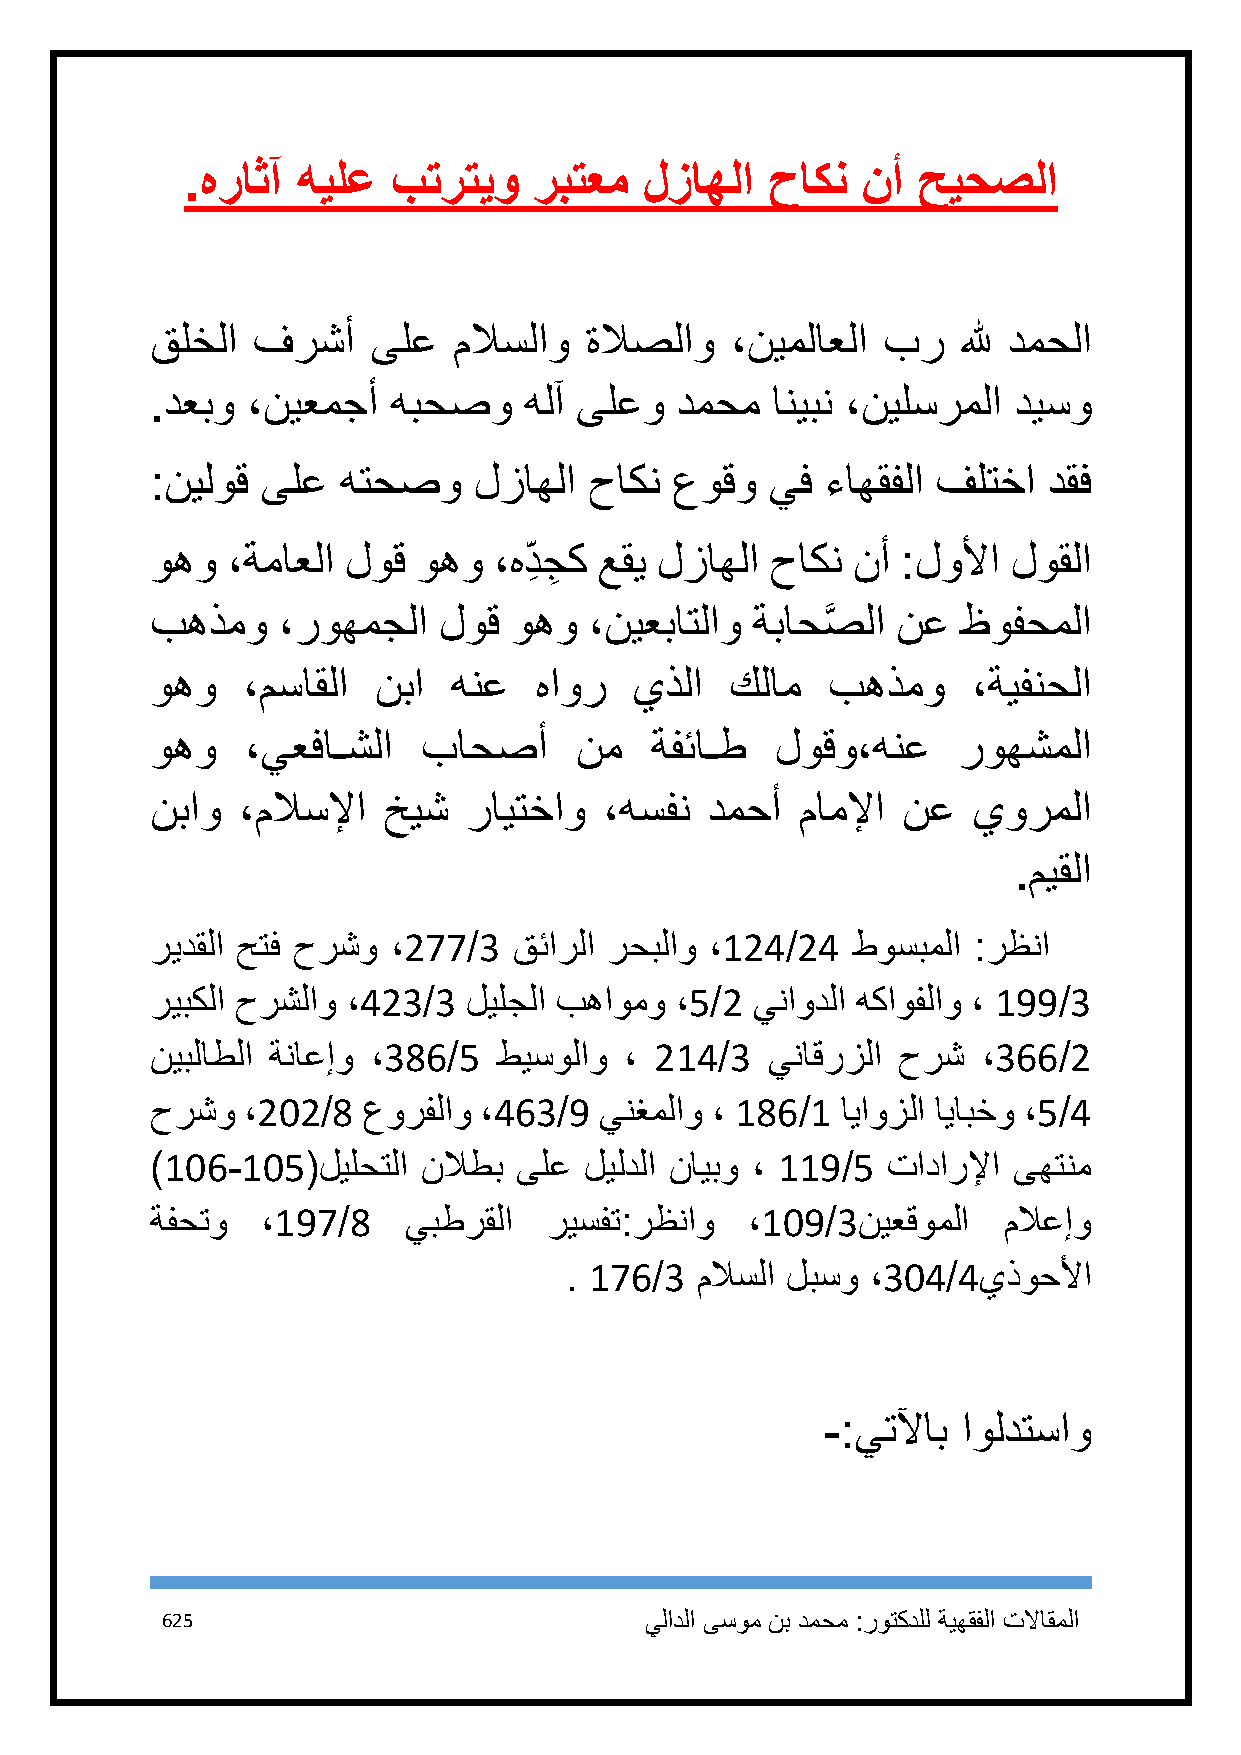
.هراثآ  هيلع  بترتيو   ربتعم   لزاهلا  حاكن  نأ  حيحصلا
 قلخلا  فرشأ    ىلع  ملاسلاو  ةلاصلاو  ،نيملاعلا بر    لله دمحلا
 .دعبو ،نيعمجأ   هبحصو    هلآ ىلعو  دمحم  انيبن ،نيلسرملا ديسو
 :نيلوق ىلع  هتحصو    لزاهلا  حاكن عوقو   يف  ءاهقفلا فلتخا دقف
 وهو  ،ةماعلا لوق  وهو  ،هد ِ جِ ك عقي لزاهلا حاكن نأ :لولأا لوقلا
 بهذمو   ،روهمجلا   لوق  وهو  ،نيعباتلاو ةباحصَّ لا نع ظوفحملا
 وهو   ،مساقلا  نبا  هنع  هاور   يذلا  كلام   بهذمو    ،ةيفنحلا
 وهو   ،يعفاـشلا   باحصأ     نم   ةفئاـط  لوقو،هنع    روهشملا
 نباو  ،ملاسلإا خيش   رايتخاو  ،هسفن  دمحأ  ماملإا نع  يورملا
 .ميقلا
 ريدقلا حتف حرشو ،277/3  قئارلا رحبلاو ،124/24 طوسبملا :رظنا
 ريبكلا حرشلاو ،423/3 ليلجلا بهاومو ،5/2 يناودلا هكاوفلاو ، 199/3
 نيبلاطلا ةناعإو ،386/5 طيسولاو ، 214/3   يناقرزلا حرش  ،366/2
 حرشو  ،212/8  عورفلاو ،463/9  ينغملاو ، 186/1 اياوزلا ايابخو ،5/4
 )116-115(ليلحتلا  نلاطب ىلع  ليلدلا نايبو ، 119/5 تادارلإا ىهتنم
 ةفحتو  ،197/8    يبطرقلا  ريسفت:رظناو  ،119/3نيعقوملا   ملاعإو
 . 176/3  ملاسلا لبسو ،314/4يذوحلأا
 -:يتلآاب اولدتساو
 625                             يلادلا ىسوم نب دمحم :روتكدلل ةيهقفلا تلااقملا